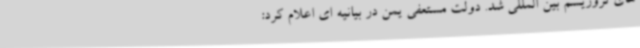
های تروریسم بین المللی شد. دولت مستعفی یمن در بیانیه ای اعلام کرد: